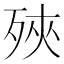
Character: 殎